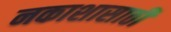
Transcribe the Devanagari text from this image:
नकाशासाठी